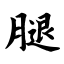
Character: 腿